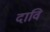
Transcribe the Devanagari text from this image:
दावि